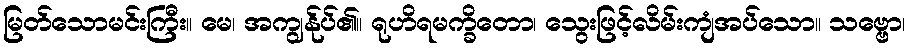
မြတ်သောမင်းကြီး။ မေ၊ အကျွန်ုပ်၏။ ရုဟိရမက္ခိတော၊ သွေးဖြင့်လိမ်းကျံအပ်သော။ သဗ္ဗော၊